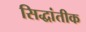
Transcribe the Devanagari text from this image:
सिद्धांतीक